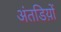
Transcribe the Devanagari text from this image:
अंतडिय़ों